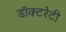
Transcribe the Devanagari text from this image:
डॉक्टरेटी